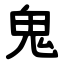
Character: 鬼